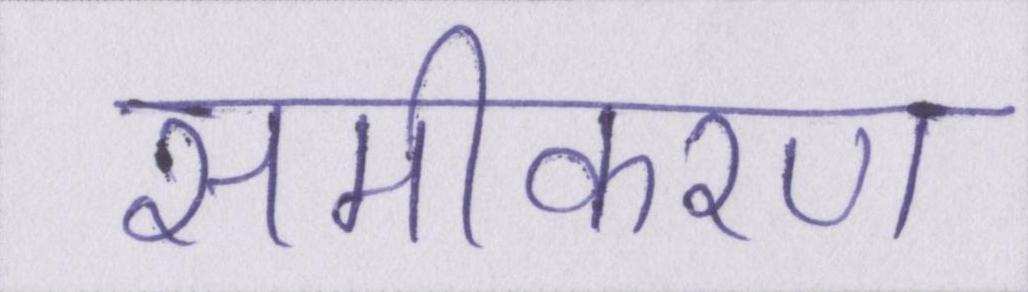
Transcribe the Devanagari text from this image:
समीकरण